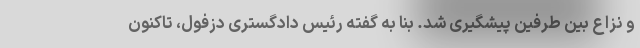
و نزاع بین طرفین پیشگیری شد. بنا به گفته رئیس دادگستری دزفول، تاکنون